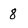
Character: 8